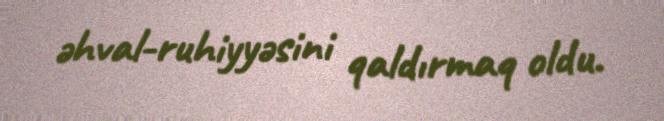
əhval-ruhiyyəsini qaldırmaq oldu.